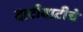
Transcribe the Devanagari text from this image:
दाटीवाटीचे